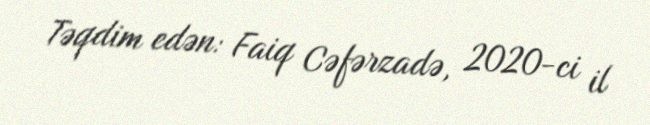
Təqdim edən: Faiq Cəfərzadə, 2020-ci il